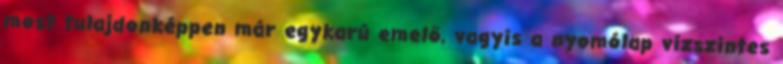
most tulajdonképpen már egykarú emelő, vagyis a nyomólap vízszintes